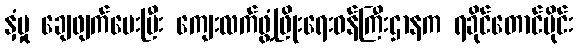
နှံမှု ချေဖျက်ပေးပြီး ကျေးလက်ဖွံ့ဖြိုးရေးဝန်ကြီးဌာနက ရခိုင်တောင်ပိုင်း